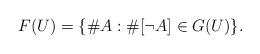
LaTeX: \begin{align*}F(U)=\{\#A: \#[\neg A]\in G(U)\}.\end{align*}